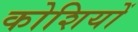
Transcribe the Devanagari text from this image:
कोशियों